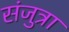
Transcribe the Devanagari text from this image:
संजुत्रा